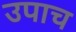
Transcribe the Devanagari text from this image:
उपाच